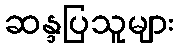
ဆန္ဒပြသူများ